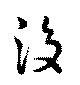
設